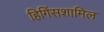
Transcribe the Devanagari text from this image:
हिगिंसशामिल